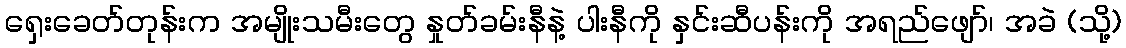
ရှေးခေတ်တုန်းက အမျိုးသမီးတွေ နှုတ်ခမ်းနီနဲ့ ပါးနီကို နှင်းဆီပန်းကို အရည်ဖျော်၊ အခဲ (သို့)